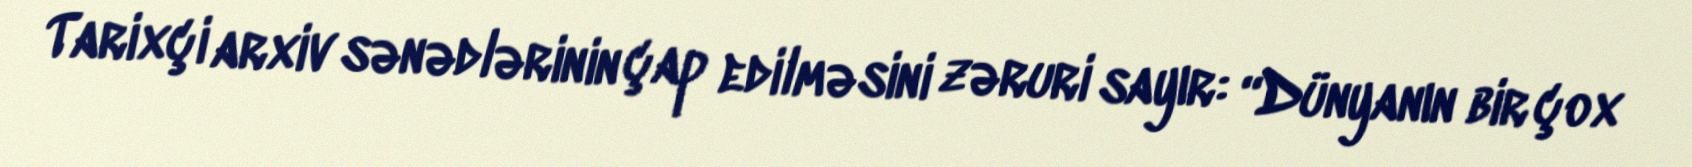
Tarixçi arxiv sənədlərinin çap edilməsini zəruri sayır: “Dünyanın bir çox